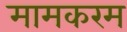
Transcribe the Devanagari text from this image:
मामकरम